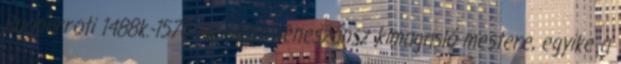
Buonarroti 1488k.-1576 Az olasz reneszánsz kimagasló mestere, egyike a